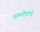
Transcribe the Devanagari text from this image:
नामदेवाचे